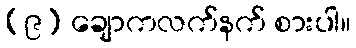
(၉) ချောကလက်နက် စားပါ။